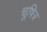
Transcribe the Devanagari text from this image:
चूषित्र